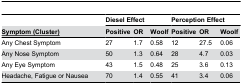
<table><thead><tr><td></td><td colspan="3"><b>Diesel Effect</b></td><td colspan="3"><b>Perception Effect</b></td></tr><tr><td><b><underline>Symptom (Cluster)</underline></b></td><td><b>Positive</b></td><td><b>OR</b></td><td><b>Woolf</b></td><td><b>Positive</b></td><td><b>OR</b></td><td><b>Woolf</b></td></tr></thead><tbody><tr><td>Any Chest Symptom</td><td>27</td><td>1.7</td><td>0.58</td><td>12</td><td>27.5</td><td>0.06</td></tr><tr><td>Any Nose Symptom</td><td>50</td><td>1.3</td><td>0.64</td><td>28</td><td>4.7</td><td>0.03</td></tr><tr><td>Any Eye Symptom</td><td>43</td><td>1.5</td><td>0.48</td><td>25</td><td>3.6</td><td>0.13</td></tr><tr><td>Headache, Fatigue or Nausea</td><td>70</td><td>1.4</td><td>0.55</td><td>41</td><td>3.4</td><td>0.06</td></tr></tbody></table>